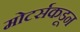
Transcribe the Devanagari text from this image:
मोटर्सकडून